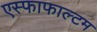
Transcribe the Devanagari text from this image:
एस्फाफाल्टम